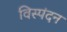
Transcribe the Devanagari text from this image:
विस्पंदन